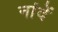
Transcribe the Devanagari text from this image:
नांदें